Civil Veterinary Department Bengal reports 1933-51 - 1933-1951
Year: 1933
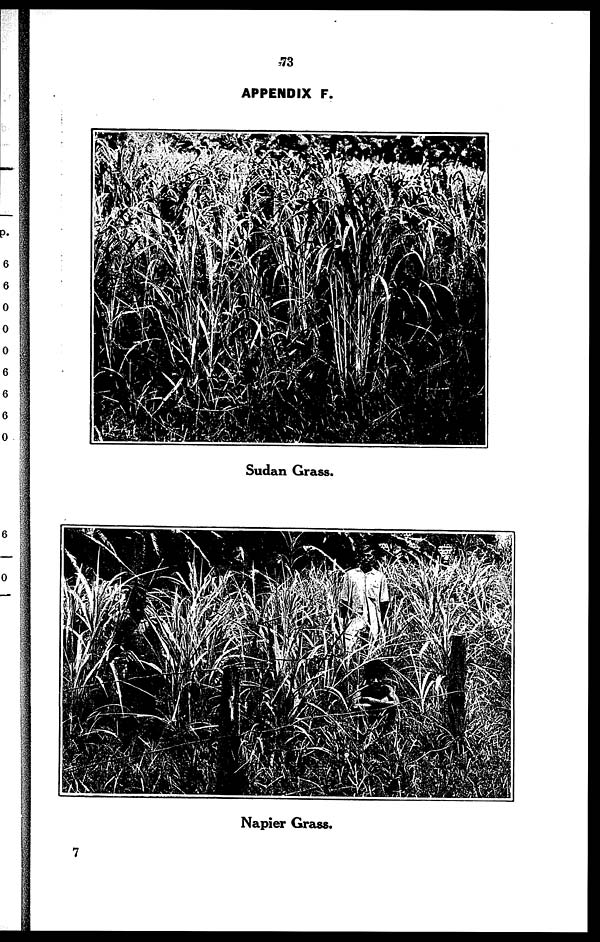
73
APPENDIX F.
Sudan Grass.
Napier Grass.
7